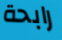
رابحة